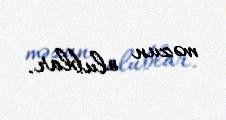
məzun olublar.